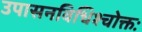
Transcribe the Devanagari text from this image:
उपासनविधिश्चोक्तः